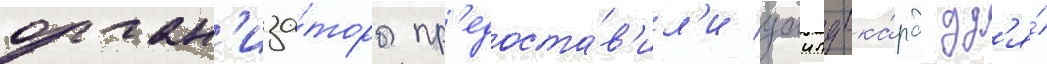
орган'иза́торы пр'едоста́в'ил'и уаилд-ка́рд дл'я́